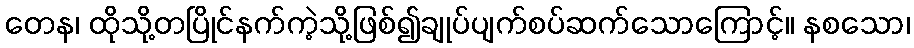
တေန၊ ထိုသို့တပြိုင်နက်ကဲ့သို့ဖြစ်၍ချုပ်ပျက်စပ်ဆက်သောကြောင့်။ နစသော၊